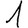
Digit: 1